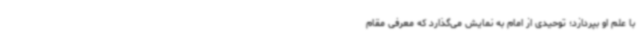
با علم او بپردازد؛ توحیدی از امام به نمایش می‌گذارد که معرفی مقام